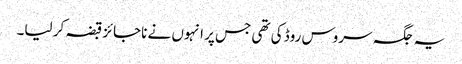
یہ جگہ سروس روڈ کی تھی جس پر انہوں نے ناجائز قبضہ کر لیا۔